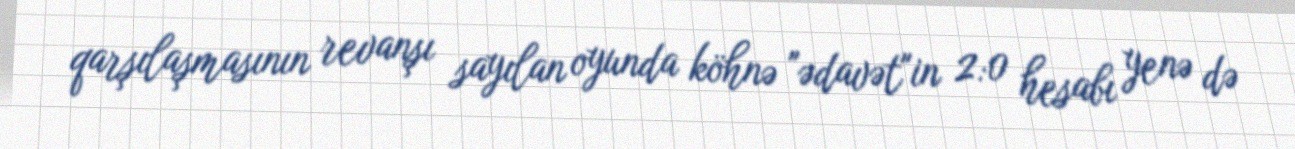
qarşılaşmasının revanşı sayılan oyunda köhnə "ədavət"in 2:0 hesabı yenə də